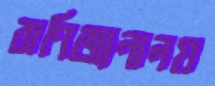
বাণিজ্যনালয়